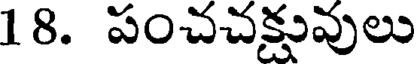
18. పంచచక్షువులు